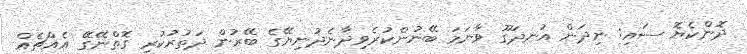
ދޮންކެޔޮ ސައި: ނިދަން އުނދަގޫ ވާނަމަ ބޭނުންކުރެވިދާނެދުނިޔޭގެ ބޭރުން ދަތުރުކުރި ގޮތްނޭގޭ އެއްޗެއް